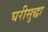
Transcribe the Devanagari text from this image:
घरीसुद्धा